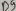
Text: D8